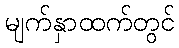
မျက်နှာထက်တွင်